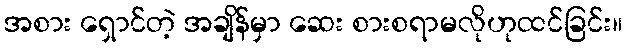
အစား ရှောင်တဲ့ အချိန်မှာ ဆေး စားစရာမလိုဟုထင်ခြင်း။